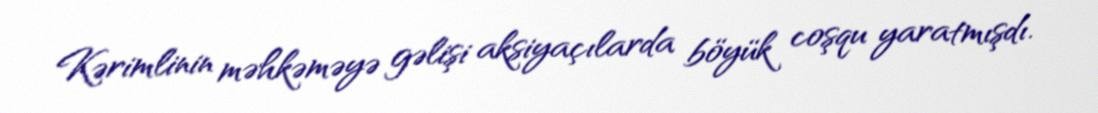
Kərimlinin məhkəməyə gəlişi aksiyaçılarda böyük coşqu yaratmışdı.